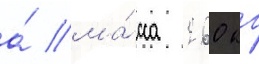
а́ ма́сса 260 кг